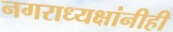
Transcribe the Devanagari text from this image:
नगराध्यक्षांनीही